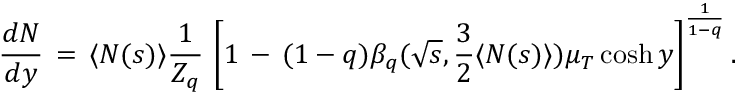
\frac { d N } { d y } \, = \, \langle N ( s ) \rangle \frac { 1 } { Z _ { q } } \, \left[ 1 \, - \, ( 1 - q ) \beta _ { q } ( \sqrt { s } , \frac { 3 } { 2 } \langle N ( s ) \rangle ) \mu _ { T } \cosh y \right] ^ { \frac { 1 } { 1 - q } } .